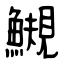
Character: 䲅